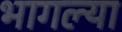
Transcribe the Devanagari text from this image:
भागल्या